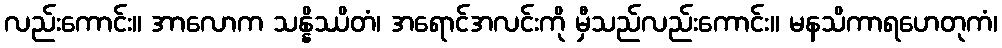
လည်းကောင်း။ အာလောက သန္နိဿိတံ၊ အရောင်အလင်းကို မှီသည်လည်းကောင်း။ မနသိကာရဟေတုကံ၊